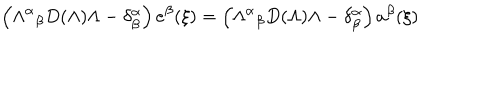
\left( { \Lambda ^ { \alpha } } _ { \beta } D ( \Lambda ) \Lambda - \delta _ { \beta } ^ { \alpha } \right) e ^ { \beta } ( \xi ) = \left( { \Lambda ^ { \alpha } } _ { \beta } D ( \Lambda ) \Lambda - \delta _ { \beta } ^ { \alpha } \right) a ^ { \beta } ( \xi )